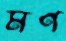
মণ